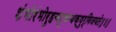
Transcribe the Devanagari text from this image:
शंभोरंभोरुहचटुकचक्षुर्विजयते॥४॥